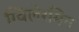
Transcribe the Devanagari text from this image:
ग्विलेरमिन